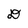
Character: D